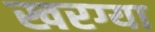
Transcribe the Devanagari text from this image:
खरग्या